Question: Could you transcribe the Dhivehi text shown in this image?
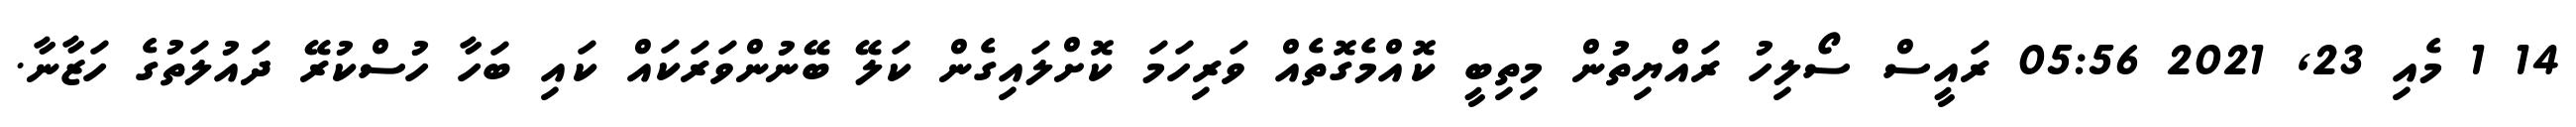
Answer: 14 1 މެއި 23, 2021 05:56 ރައީސް ސޯލިހު ރައްޔިތުން މިތިބީ ކޮއްމެގޮތެއް ވަރިހަމަ ކޮށްލައިގެން ކަލޭ ބޭނުންވަރަކައް ކައި ބަހާ ހުސްކުރޭ ދައުލަތުގެ ހަޒާނާ.